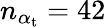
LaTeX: n_{\alpha_{\mathrm{{t}}}}=42